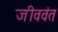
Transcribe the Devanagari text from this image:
जीववंत